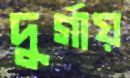
দুর্গায়